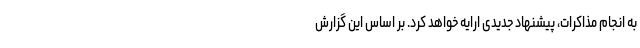
به انجام مذاکرات، پیشنهاد جدیدی ارایه خواهد کرد. بر اساس این گزارش